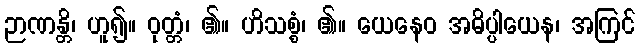
ဉာဏန္တိ၊ ဟူ၍။ ဝုတ္တံ၊ ၏။ ဟိသစ္စံ၊ ၏။ ယေနေဝ အဓိပ္ပါယေန၊ အကြင်